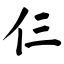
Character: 仨